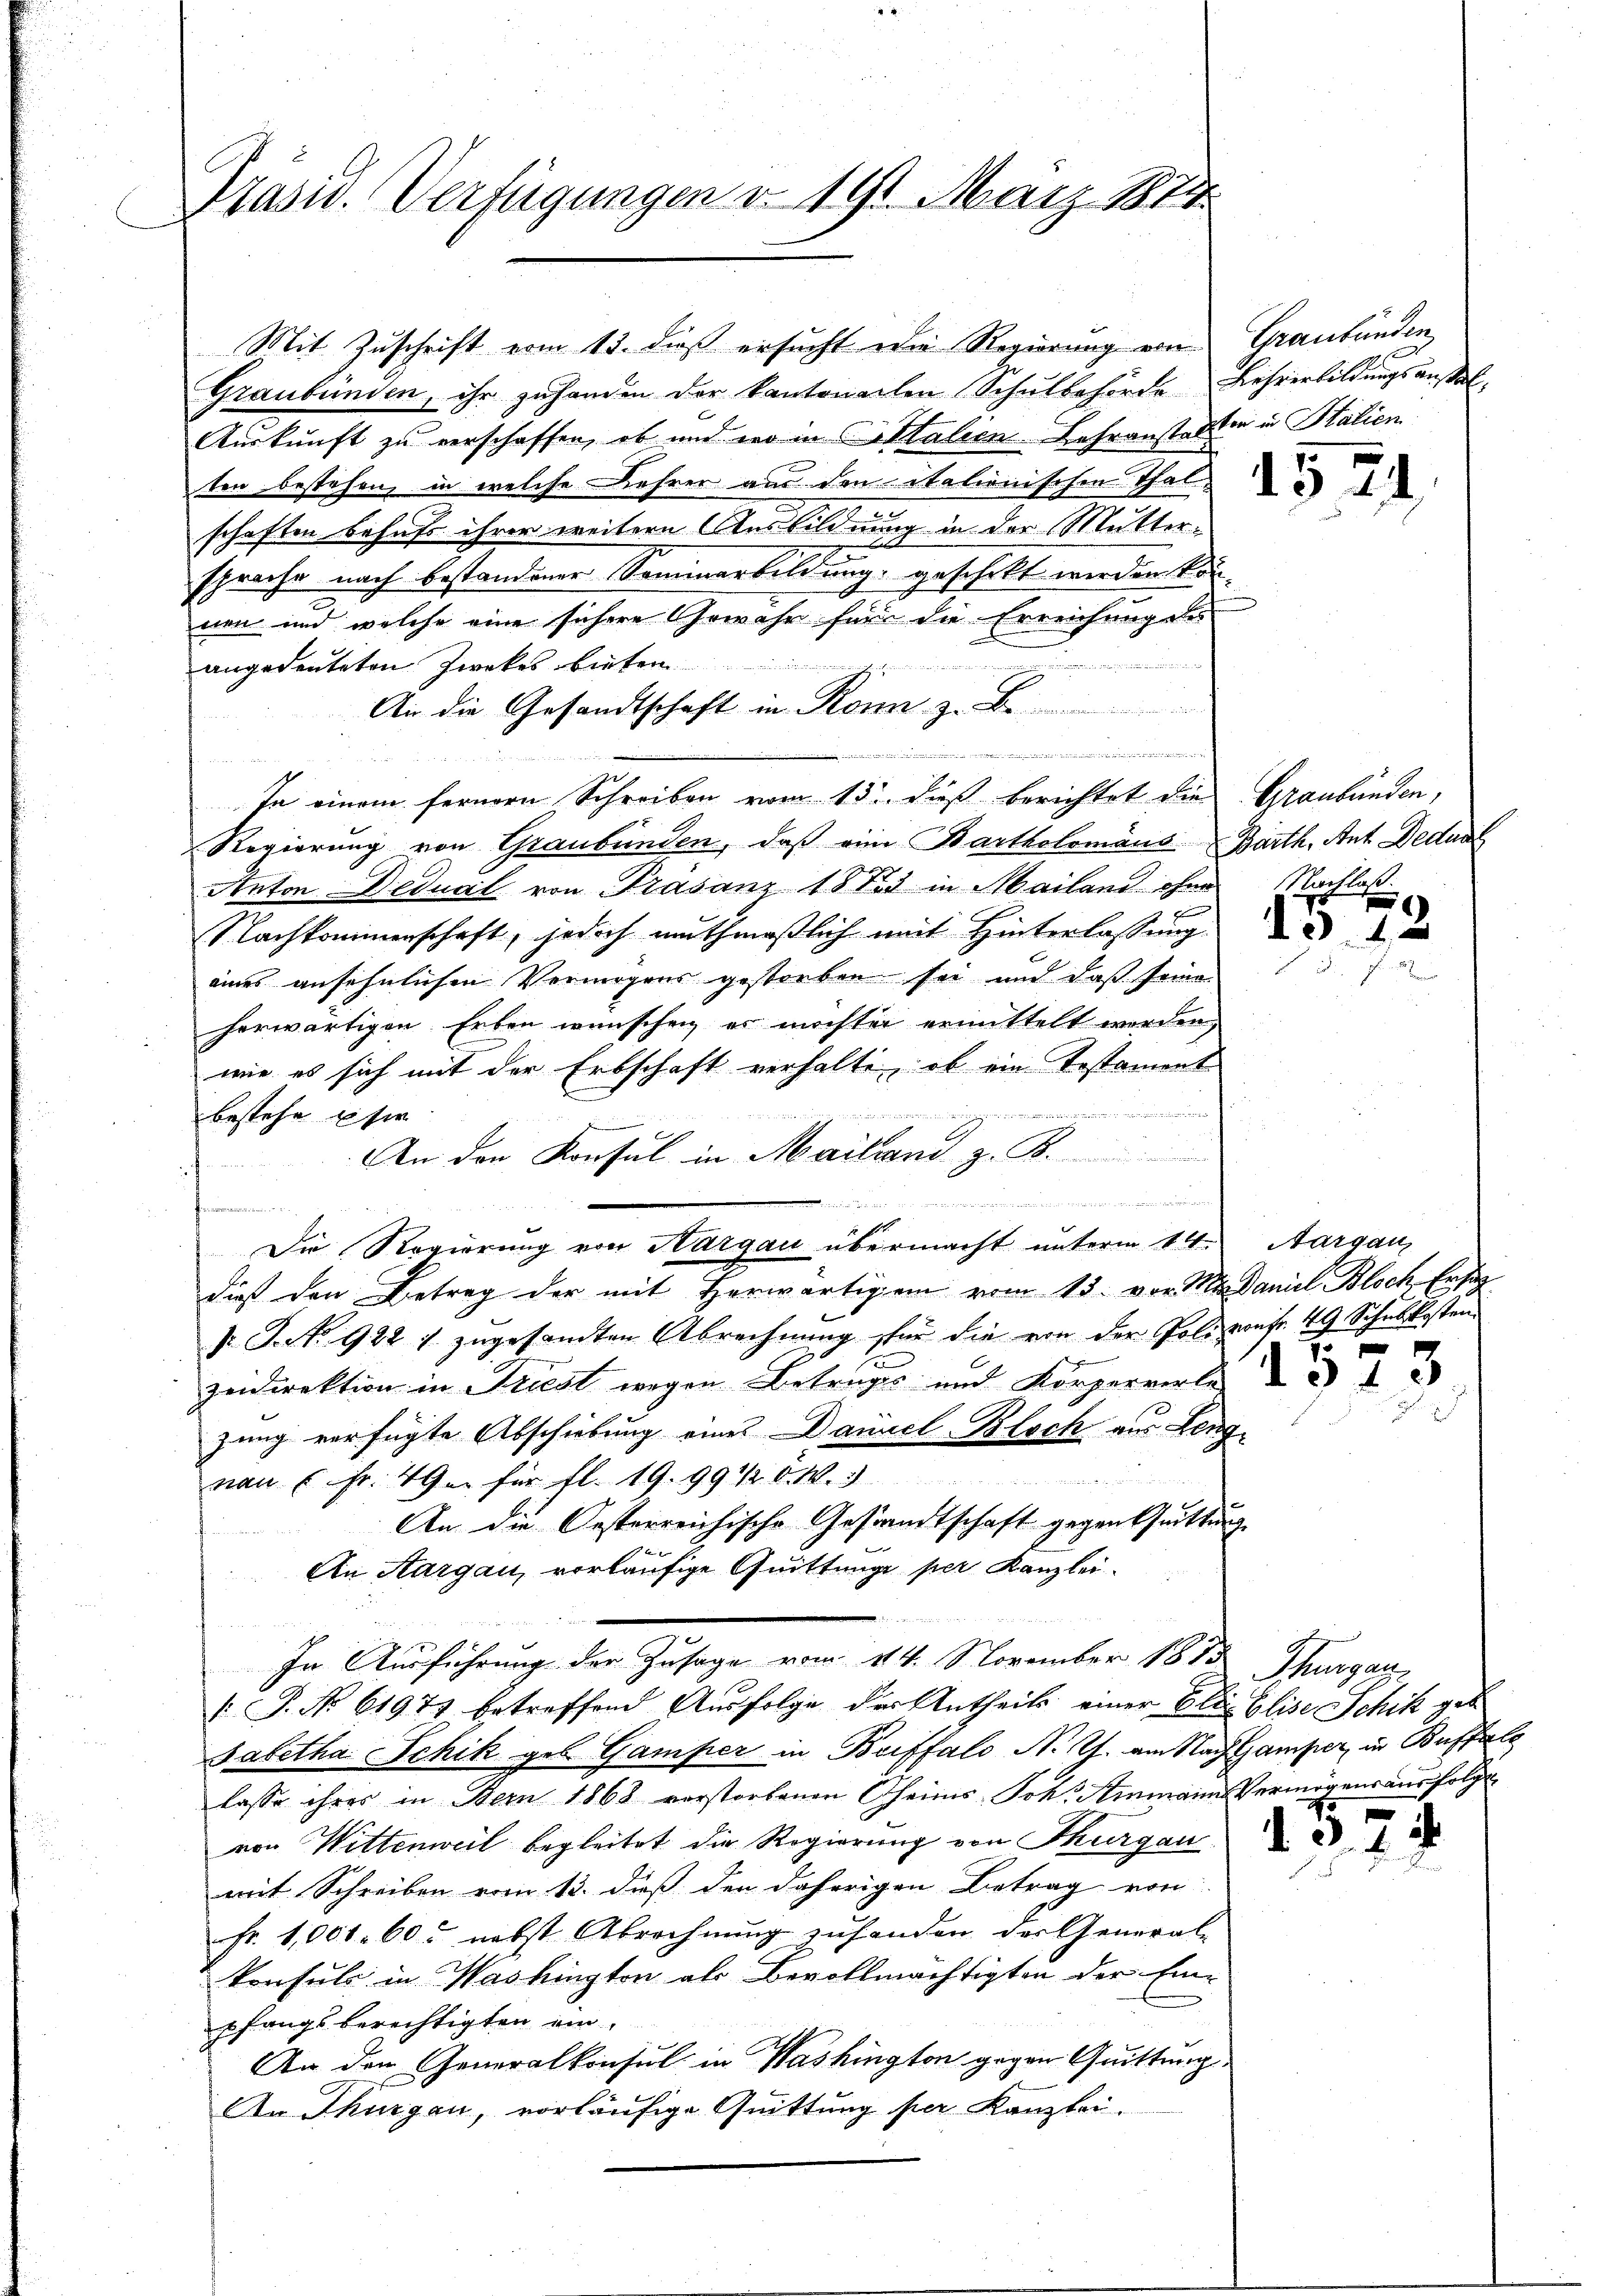
Prasw. Verfügungen v. 191. März 187

Mit Zuschrift vom 13. dieß ersucht die Regierung von Graubünden
Graubünden, ihr zuhanden der kantonalen Schulbehörde Lehrerbildungsausal-
Auskunft zu verschaffen, ob und wo in Citalien Lehranstalten in Italien
ten bestehen, in welche Lehrer aus den italienischen Thal
schaften behufs ihrer weitern Ausbildnung in der Mutter-
sprache nach bestandener Saminarbildung geschickt werden können und welche eine sichere Gewähr für die Erreichungens

angedeuteten Zwekes bieten
sz ich
An die Gesandtschaft in Ronn z. B.
.
In einem fernern Schreiben vom 13. dieß berichtet die Graubünden,
Regierung von Graubünden, daß eine Bartholomans Barth. Ant Dedual
Anton Dedual von Trasanz 1873 in Mailand ohne
5
Nachkommenschaft, jedoch muthmaßlich mit Hinterlassung
eines ansehnlichen Vermögens gestorben sei und daß seine
herwärtigen Erben wünschen, es möchter ermittelt werden,
wie es sich mit der Erbschaft verhalte, ob ein Testament

bestehe sie
An den Konsul in Mailand z. B.
e
de
f
Die Regierung von Hargau übermacht unterm 14. Aargau,
dieß den Betrag der mit Herwärtigen vom 15. von 11ten Daniel Bloch Ersat
1: S.S. 922 f. zugesandten Abrechnung für die von der Polizeif. 49 Schulkosten
zedirektion in Triest wegen Betruges und Körperverle
zung verfügte Abschiebung eines Daniel-Bloch aus Leng¬

von Fr. 49. für fl. 19. 99 1/2 d. W. 3
An die Oesterreichische Gestandtschaft gegen Quittung
f x
An Aargau, vorläufige Quittunge per Kanzlei¬
In Ausführung der Zusage vom 14. November 1885, Thurgaz,
 P. No 61977 betreffend Ausfolge der Antheils einer Eli Elise Schik geb
Sabetha Schik geb. Gamper in Briffalo N. Th. am Nach Gamper, in Buffal
lasse ihres in Bern 1868 vorstorbenen Oheims Joh. Stimanns Vermögensausfolge
von Wittenweil begleitet die Regierung von Thurgau
mit Schreiben vom 13. dieß den daherigen Betrag von
Fr. 1,001. 60. nebst Abrechnung zufanden der General-
konsuls in Washington als Bevollmächtigten der Ein-
pfangsberechtigten ein¬
An den Generalkonsul in Washington gegen Quittung.
An Thurgau, vorläufige Quittung per Kanzlei-

NNachlass

1

1313

3.

24